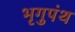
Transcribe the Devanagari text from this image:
भृगुपंथ